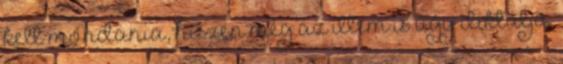
kell mondania, hiszen még az illem is úgy diktálja.